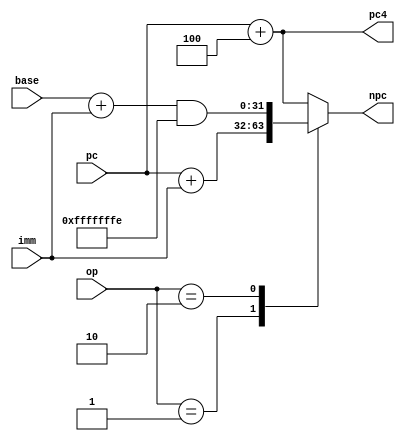
module NxtInstAdr(
    input wire[31:0]pc,
    input wire[31:0]imm,
    input wire[31:0]base,
    input wire[1:0]op,
    output wire[31:0]pc4,
    output wire[31:0]npc
    );
    
    assign pc4 = pc + 32'd4;                    // pc+4
    
    assign npc = get_npc(pc, imm, base, op);    // calculate npc
    function [31:0]get_npc(input [31:0]pc, input [31:0]imm, input [31:0]base, input [1:0]op);
    begin
        case(op)
            2'd0:       get_npc = pc + 32'd4;               // pc+4 or branch false: pc+4
            2'd1:       get_npc = pc + imm;                 // jal or branch true: pc+imm
            2'd2:       get_npc = (base + imm) & (~32'd1);  // jalr: (base+imm)&~1
            default:    get_npc = pc + 32'd4;
        endcase
    end
    endfunction
             
endmodule